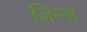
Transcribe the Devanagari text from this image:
जिन्‍ना